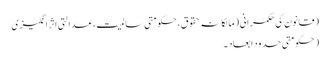
(قانون کی حکمرانی (مالکانہ حقوق، حکومتی سالمیت، عدالتی اثر انگیزی
(حکومتی حدود ابعاد ۔